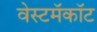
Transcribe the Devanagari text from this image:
वेस्टमॅकॉट